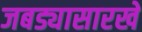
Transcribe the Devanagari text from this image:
जबड्यासारखे